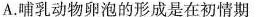
A.哺乳动物卵泡的形成是在初情期